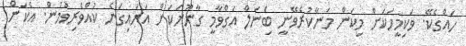
ހައްގެކޭ. ވަކިމީހަކަށް މިކަން މަނާކުރެވޭނީ ބަެިނަލް އަގްވާމީ ގާނޫނަކަށް އަރައިގަނެ ކުއްވެރިވުމުން. އެކަން